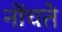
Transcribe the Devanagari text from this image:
नोंचते